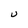
Character: U